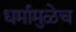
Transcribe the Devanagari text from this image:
धर्मामुळेच